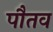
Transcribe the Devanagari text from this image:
पौतव